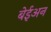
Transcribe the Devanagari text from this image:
बेईअन